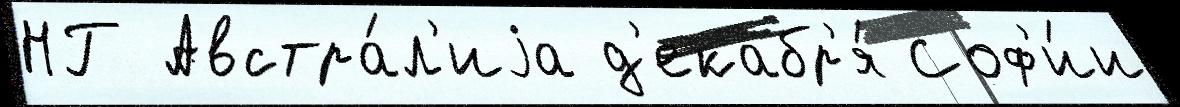
НГ Австра́л'иjа д'екабр'я́ Соф'и́и